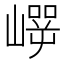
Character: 𰎵